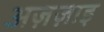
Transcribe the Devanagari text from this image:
अज़ज़ाइ